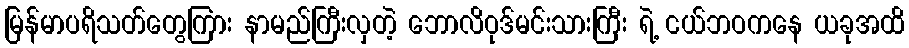
မြန်မာပရိသတ်တွေကြား နာမည်ကြီးလှတဲ့ ဘောလိဝုဒ်မင်းသားကြီး ရဲ့ ငယ်ဘဝကနေ ယခုအထိ